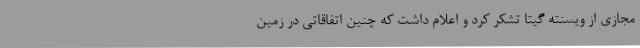
مجازی از ویسنته گیتا تشکر کرد و اعلام داشت که چنین اتفاقاتی در زمین